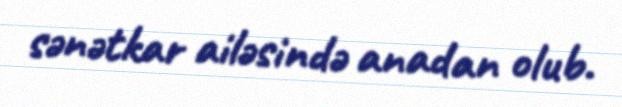
sənətkar ailəsində anadan olub.